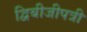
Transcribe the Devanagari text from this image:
द्विबीजीपत्री